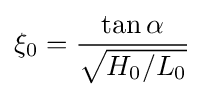
\xi _{0}={\frac {\tan \alpha }{\sqrt {H_{0}/L_{0}}}}